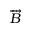
\overrightarrow { B }